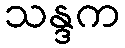
သန္ဒက